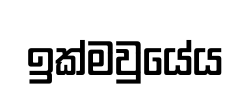
ඉක්මවුයේය